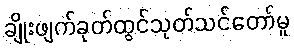
ချိုးဖျက်ခုတ်ထွင်သုတ်သင်တော်မူ